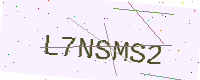
Text: L7NSMS2